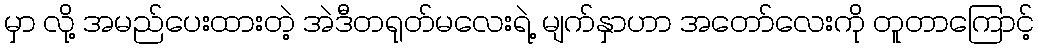
မှာ လို့ အမည်ပေးထားတဲ့ အဲဒီတရုတ်မလေးရဲ့ မျက်နှာဟာ အတော်လေးကို တူတာကြောင့်